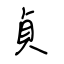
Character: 貞